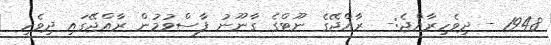
1948 - ދިވެހިރާއްޖެ:-  ރާއްޖޭގެ ނޫޓްގެ ގާނޫނު ފާސްވުމުން ރާއްޖޭގައި ދިވެހި